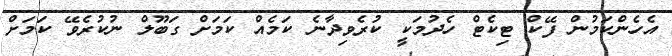
އެހެންކަމުން ފޭކް ޓިކެޓް ހެދުމަކީ ކުރެވިދާނެ ކަމެއް ކަމަށް ގަބޫލް ނުކުރެވޭ ކަމަށް